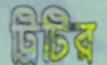
ট্রিটির